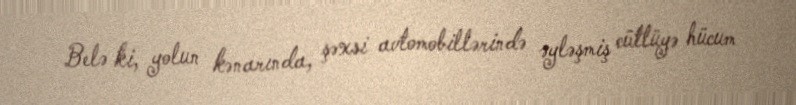
Belə ki, yolun kənarında, şəxsi avtomobillərində əyləşmiş cütlüyə hücum